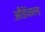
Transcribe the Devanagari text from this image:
औडेंवाल्ड